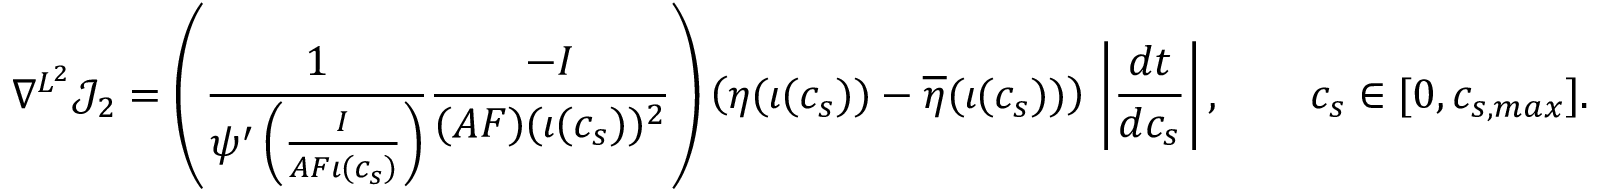
\nabla ^ { L ^ { 2 } } \mathcal { J } _ { 2 } = \left( \frac { 1 } { \psi ^ { \prime } \left( \frac { I } { A F \iota ( c _ { s } ) } \right) } \frac { - I } { ( A F ) ( \iota ( c _ { s } ) ) ^ { 2 } } \right) \left( \eta ( \iota ( c _ { s } ) ) - \overline { { \eta } } ( \iota ( c _ { s } ) ) \right) \, \left| \frac { d t } { d c _ { s } } \right| , \qquad c _ { s } \in [ 0 , c _ { s , m a x } ] .